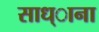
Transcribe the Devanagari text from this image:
साध्ाना